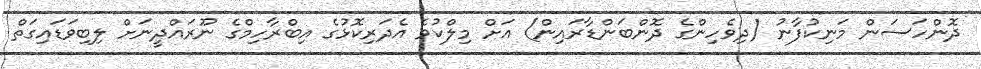
ދޮންހަސަން މަނިކުފާނު (ދިވެހިންގެ ދޮންބަންޑާރައިން) އަށް މިލްކުވެ އެދަރިކޮޅުގެ އިބްރާހިމްގެ ނޫރައްދީނަށް ލިބިވަޑައިގަތް